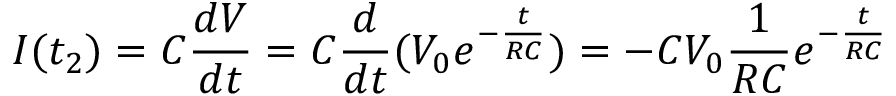
I ( t _ { 2 } ) = C \frac { d V } { d t } = C \frac { d } { d t } ( V _ { 0 } e ^ { - \frac { t } { R C } } ) = - C V _ { 0 } \frac { 1 } { R C } e ^ { - \frac { t } { R C } }